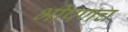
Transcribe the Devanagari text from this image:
भीषणच